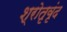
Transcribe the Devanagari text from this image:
श्रोतृवृंद